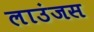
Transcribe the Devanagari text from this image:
लाउंजस